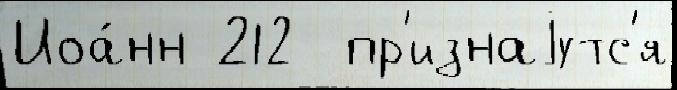
Иоа́нн 212  пр'изнаjутс'я